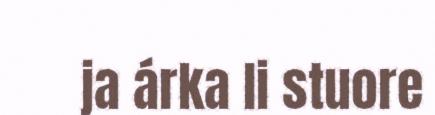
ja árka li stuore